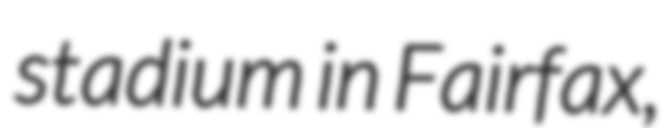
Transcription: stadium in Fairfax,